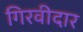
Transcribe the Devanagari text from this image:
गिरवीदार